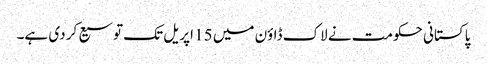
پاکستانی حکومت نے لاک ڈاؤن میں 15 اپریل تک توسیع کر دی ہے۔